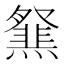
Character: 𤑪